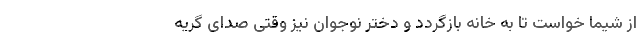
از شیما خواست تا به خانه بازگردد و دختر نوجوان نیز وقتی صدای گریه